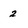
Character: 2